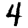
Digit: 4